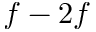
f - 2 f